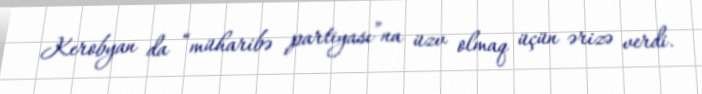
Kerobyan da “müharibə partiyası”na üzv olmaq üçün ərizə verdi.